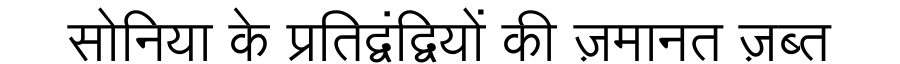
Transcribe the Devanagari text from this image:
सोनिया के प्रतिद्वंद्वियों की ज़मानत ज़ब्त